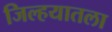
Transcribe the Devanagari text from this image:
जिल्हयातला